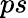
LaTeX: ps